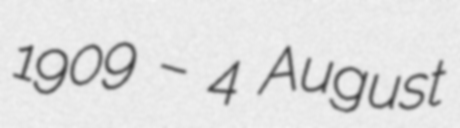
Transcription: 1909 – 4 August